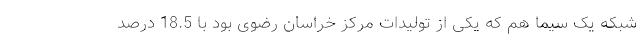
شبکه یک سیما هم که یکی از تولیدات مرکز خراسان رضوی بود با 18.5 درصد